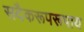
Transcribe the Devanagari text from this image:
सदैकरूपरूपाय